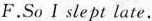
F.So I sle pt late.